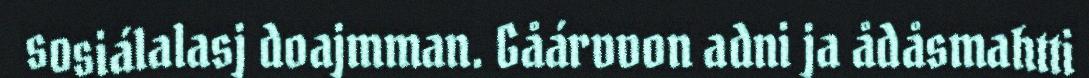
sosiálalasj doajmman. Gåárvvon adni ja ådåsmahtti